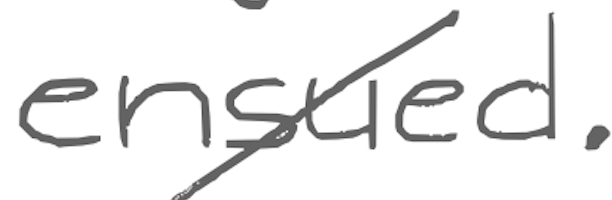
Text: ensued.
Cross-out: diagonal
Writing tool: digital_gray